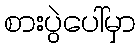
စားပွဲပေါ်မှာ